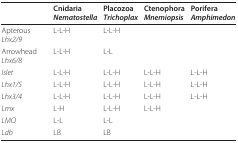
|  | CnidariaNematostella | PlacozoaTrichoplax | CtenophoraMnemiopsis | PoriferaAmphimedon |
 | --- | --- | --- | --- | --- |
 | Apterous Lhx2/9 | L-L-H | L-L-H |  |  |
 | Arrowhead Lhx6/8 | L-L-H | L-L |  |  |
 | Islet | L-L-H | L-L-H | L-L-H | L-L-H |
 | Lhx1/5 | L-L-H | L-L-H | L-L-H | L-L-H |
 | Lhx3/4 | L-L-H | L-L-H | L-L-H | L-L-H |
 | Lmx | L-H | L-L-H | L-L-H |  |
 | LMO | L-L | L-L |  |  |
 | Ldb | LB | LB |  |  |